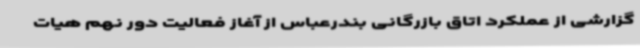
گزارشی از عملکرد اتاق بازرگانی بندرعباس از آغاز فعالیت دور نهم هیات